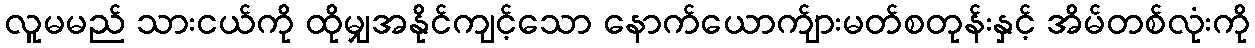
လူမမည် သားငယ်ကို ထိုမျှအနိုင်ကျင့်သော နောက်ယောက်ျားမတ်စတုန်းနှင့် အိမ်တစ်လုံးကို